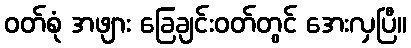
ဝတ်စုံ အဖျား ခြေချင်းဝတ်တွင် အေးလှပြီ။